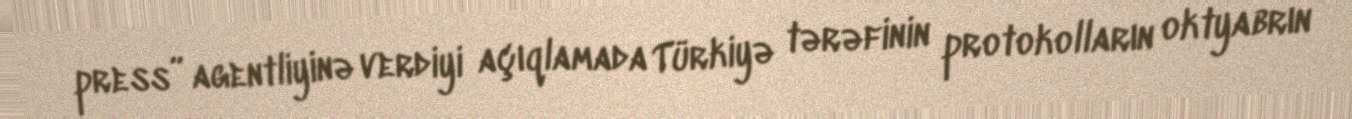
press” agentliyinə verdiyi açıqlamada Türkiyə tərəfinin protokolların oktyabrın